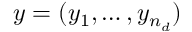
y = ( y _ { 1 } , \dots , y _ { n _ { d } } )